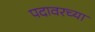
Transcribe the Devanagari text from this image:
पदावरच्या